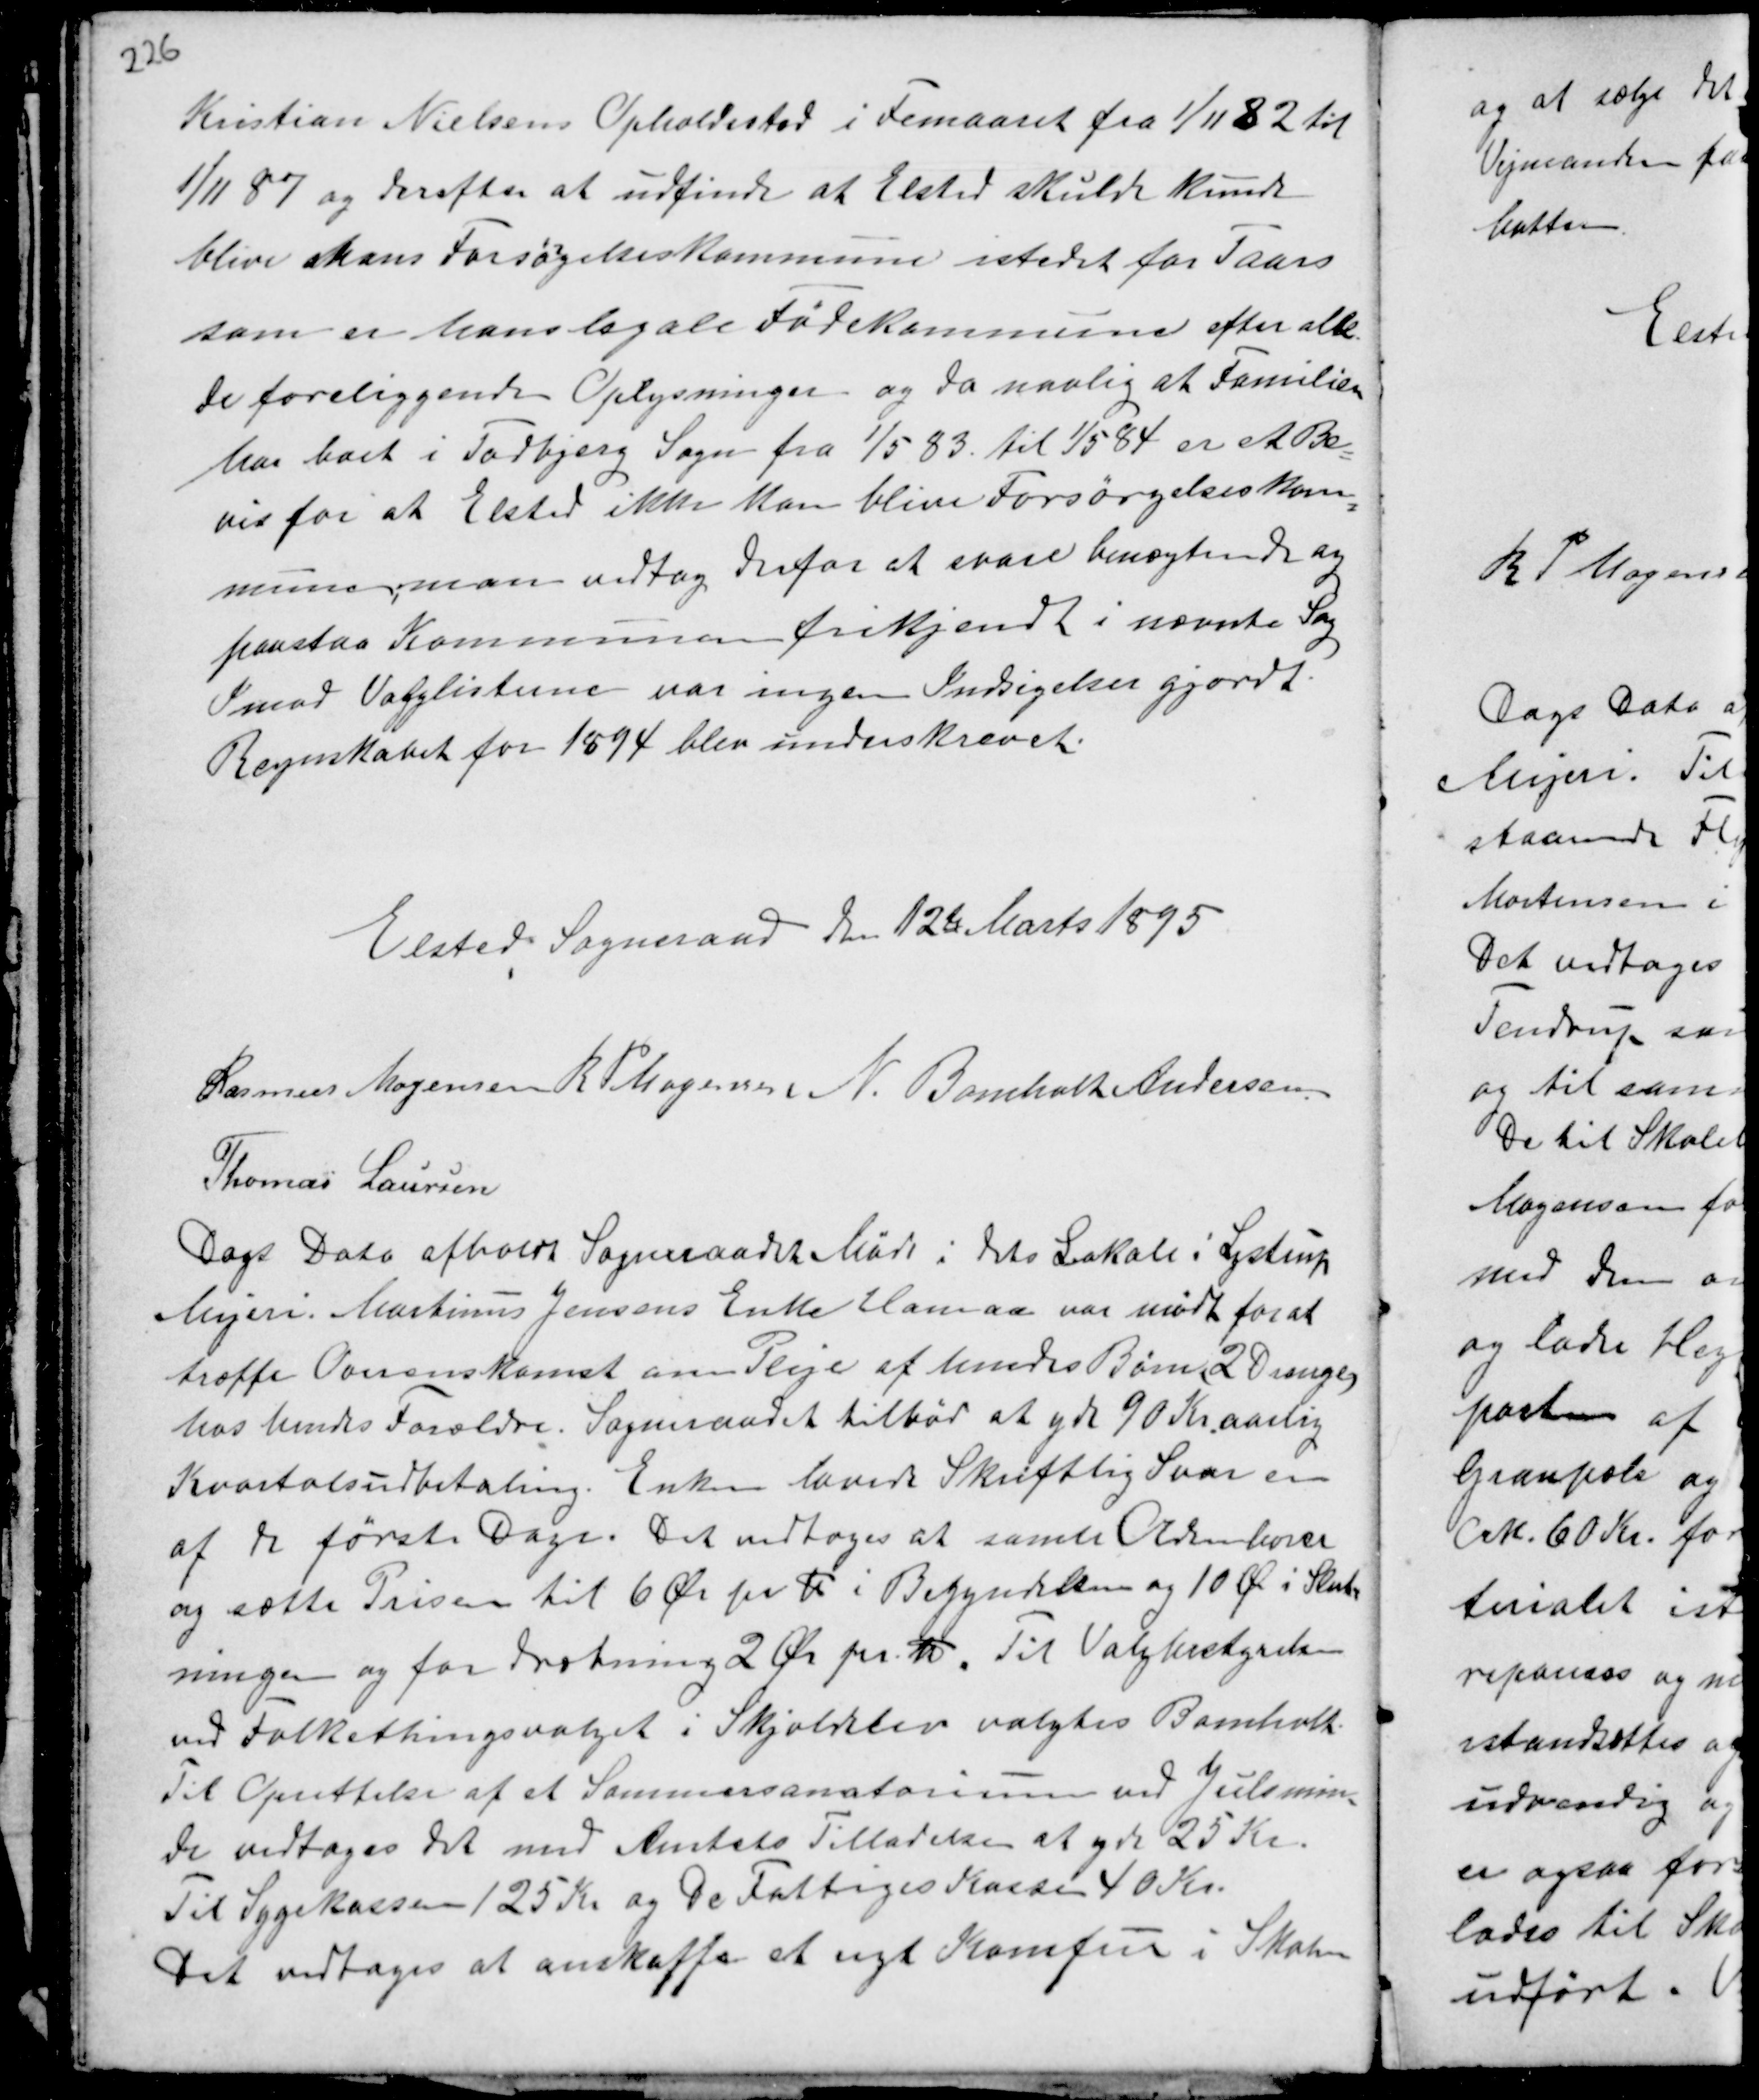
Transskription:
Kristian Nielsens Opholdssted i Femaaret fra 1/11 82 til
1/11 87 og derefter at udfinde at Elsted skulde kunde
blive hans Forsørgelseskommune istedet for Taars
som er hans legale Fødekommune efter alle
de foreliggende Oplysninger og da navlig Familien
har boet i Todbjerg Sogn fra 1/5 83 til 1/5 84 er et Be-
vis for at Elsted ikke kan blive Forsørgelseskom-
mune, man vedtog derfor at svare benægtende og
paastaa Kommunen frikjendt i nævnte Sag.
Imod Valglisterne var ingen Indsigelser gjordt.
Regnskabet for 1894 blev underskrevet.

Elsted Sogneraad den 12te Marts 1895
Rasmus Mogensen R P Mogensen N. Bomholt Andersen
Thomas Laursen

Dags Dato afholdt Sogneraadet Møde i dets Lokale i Lystrup
Mejeri. Martinus Jensens Enke Hamaa var mødt for at
træffe Overenskomst om Pleje af hendes Børn (2 Drenge)
hos hendes Forældre. Sogneraadet tilbød at yde 90 Kr. aarlig
Kvartalsudbetaling. Enken lavede Skriftlig Svar en
af de første Dage. Det vedtoges at samle Oldenborer
og sætte Prisen til 6 Ør pr Td i Begyndelsen og 10 Ø i Slut-
ningen og for dræbning 2 Ør pr Td. Til Valgbestyrelsen
ved Folkethingsvalget i Skjoldelev valgtes Bomholt.
Til Oprettelse af et Sommersanatorium ved Julsmin-
de vedtoges det med Amtets Tilladelse at yde 25 Kr.
Til Sygekassen 125 Kr og De Fattiges Kasse 40 Kr.
Det vedtoges at anskaffe et nyt Komfur i Skolen